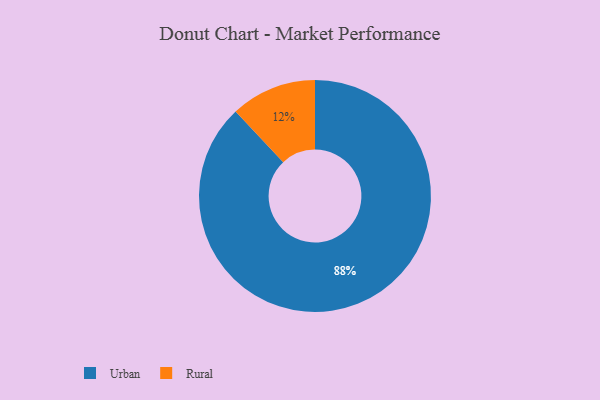
{"axis": {"x": "Category", "y": "Percentage"}, "legend": ["Rural", "Urban"], "data": [{"x": "Rural", "y": 12, "type": "Rural"}, {"x": "Urban", "y": 88, "type": "Urban"}]}